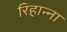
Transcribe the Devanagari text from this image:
रिहान्ना